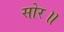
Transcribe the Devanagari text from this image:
सोर॥